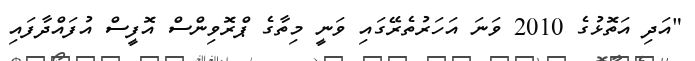
"އަދި އަތޮޅުގެ 2010 ވަނަ އަހަރުތެރޭގައި ވަނީ މިތާގެ ޕްރޮވިންސް އޮފީސް އުފައްދާފައި